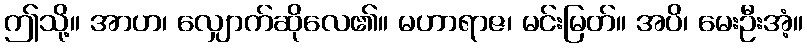
ဤသို့။ အာဟ၊ လျှောက်ဆိုလေ၏။ မဟာရာဇ၊ မင်းမြတ်။ အပိ၊ မေးဦးအံ့။